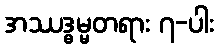
အဿဒ္ဓမ္မတရား ၇-ပါး